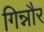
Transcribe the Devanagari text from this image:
गिन्नौर